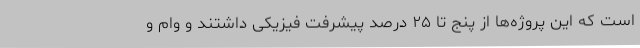
است که این پروژه‌ها از پنج تا ۲۵ درصد پیشرفت فیزیکی داشتند و وام و